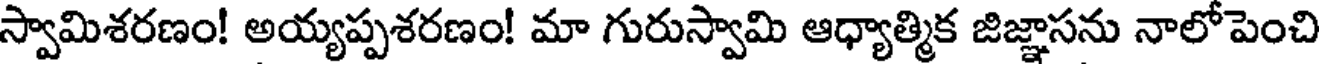
స్వామిశరణం! అయ్యప్పశరణం! మా గురుస్వామి ఆధ్యాత్మిక జిజ్ఞాసను నాలోపెంచి